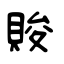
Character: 賐